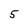
Character: 5